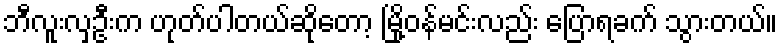
ဘီလူးလှဦးက ဟုတ်ပါတယ်ဆိုတော့ မြို့ဝန်မင်းလည်း ပြောရခက် သွားတယ်။